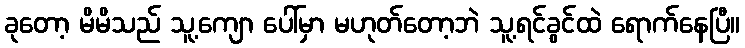
ခုတော့ မိမိသည် သူ့ကျော ပေါ်မှာ မဟုတ်တော့ဘဲ သူ့ရင်ခွင်ထဲ ရောက်နေပြီ။